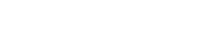
ကလဟဝိဝါဒသုတ်။